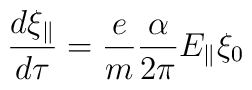
\frac{d\xi_\parallel} {d\tau} = \frac{e}{m} \frac{\alpha}{2\pi}E_{\parallel}\xi_0